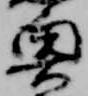
奥